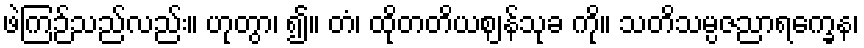
ဖဲကြဉ်သည်လည်း။ ဟုတွာ၊ ၍။ တံ၊ ထိုတတိယဈန်သုခ ကို။ သတိသမ္ပဇညာရက္ခေန၊